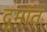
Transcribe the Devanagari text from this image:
दुमॉत